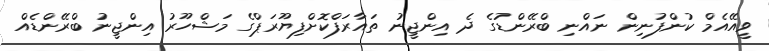
ވީއޭއެމް ކުންފުނިން ނައްނި ބްރޭންޑުގެ ދެ އިންޖީނު ތައާރަފްކޮށްފިޔޫރަޕްގެ މަޝްހޫރު އިންޖީނު ބްރޭންޑެއް